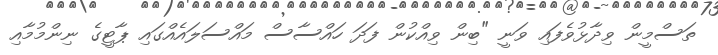
ތަސްމީން ވިދާޅުވެފައި ވަނީ "ބިން ވިއްކުން ފަދަ ހައްސާސް މައްސަލައެއްގައި ޕާޓީގެ ނިންމުމާއި